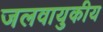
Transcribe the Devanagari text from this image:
जलवायुकीय